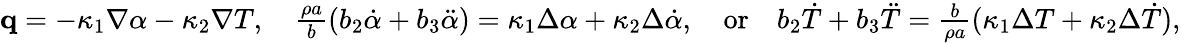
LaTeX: \begin{array}{r}{\mathbf q=-\kappa_{1}\nabla\alpha-\kappa_{2}\nabla T,\quad\frac{\rho a}{b}(b_{2}\dot{\alpha}+b_{3}\ddot{\alpha})=\kappa_{1}\Delta\alpha+\kappa_{2}\Delta\dot{\alpha},\quad\textrm{or}\quad b_{2}\dot{T}+b_{3}\ddot{T}=\frac{b}{\rho a}(\kappa_{1}\Delta T+\kappa_{2}\Delta\dot{T}),}\end{array}